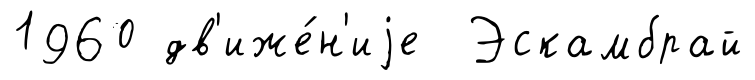
1960 дв'иже́н'иjе Эскамбрай